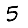
Digit: 5